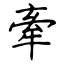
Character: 牽